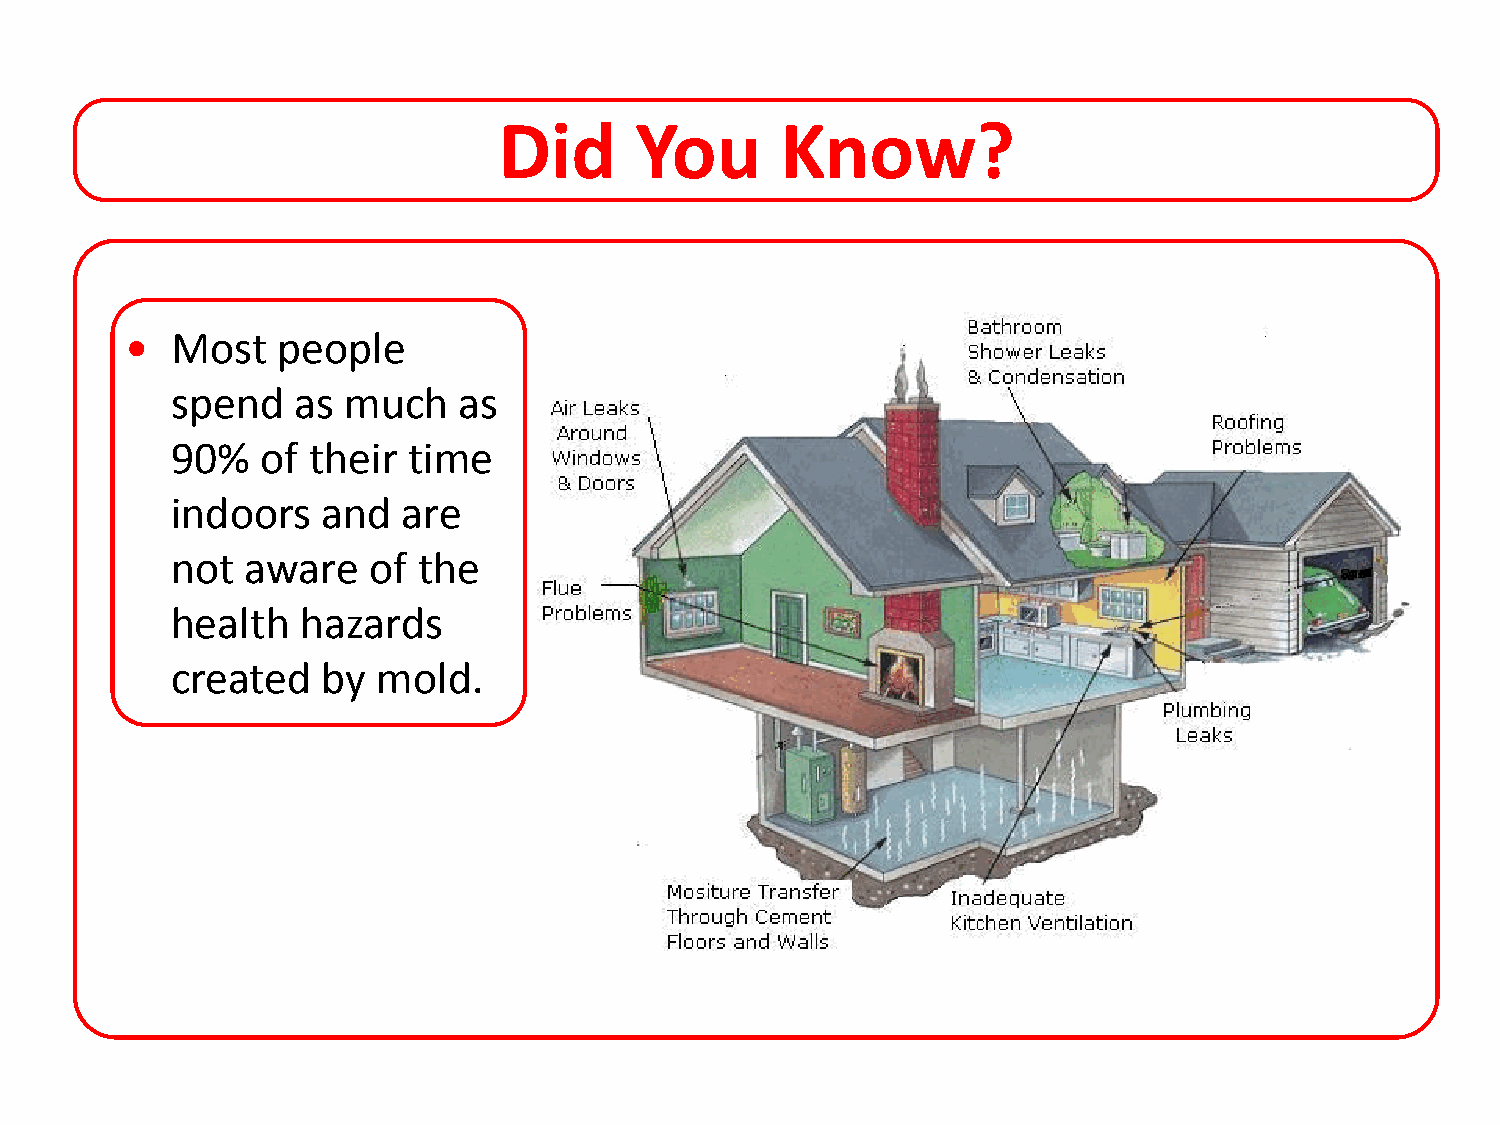
Did      You       Know?
   Most   people
 spend   as  much   as
 90%   of their  time
 indoors   and   are
 not  aware   of  the
 health   hazards
 created   by  mold.